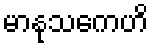
မာနုသကေဟိ